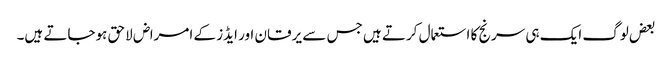
بعض لوگ ایک ہی سرنج کا استعمال کرتے ہیں جس سے یرقان اور ایڈز کے امراض لاحق ہوجاتے ہیں۔